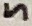
Text: 5